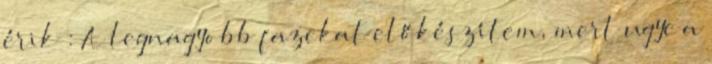
érik : A legnagyobb fazekat előkészítem, mert ugye a